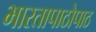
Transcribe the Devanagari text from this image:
भारतापाठोपाठ